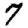
Digit: 7